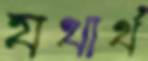
যথার্থ